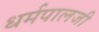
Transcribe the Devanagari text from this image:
धर्मपालजी